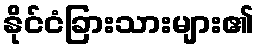
နိုင်ငံခြားသားများ၏